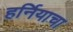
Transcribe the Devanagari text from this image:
हर्नियाचा